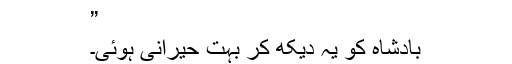
”
بادشاہ کو یہ دیکھ کر بہت حیرانی ہوئی۔